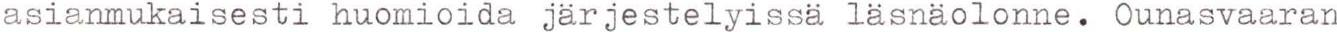
asianmukaisesti huomioida järjestelyissä läsnäolonne. Ounasvaaran